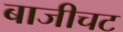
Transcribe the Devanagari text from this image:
बाजीचट